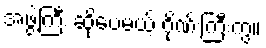
အဖွဲ့ကြီး ဆိုပေမယ့် ဂိုဏ်းကြီးကွ။